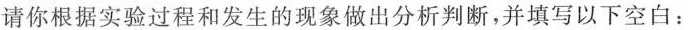
请你根据实验过程和发生的现象做出分析判断，并填写以下空白：